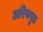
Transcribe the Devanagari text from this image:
अरियपुत्र